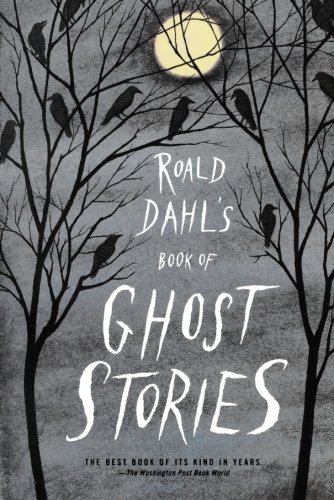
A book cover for Roald Dahl's Book of Ghost Stories; Roald Dahl; Literature & Fiction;